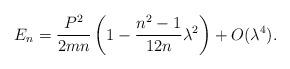
LaTeX: \begin{align*}E_n={P^2\over 2m n}\left(1-{n^2-1\over 12 n}\lambda^2\right)+O(\lambda^4).\end{align*}